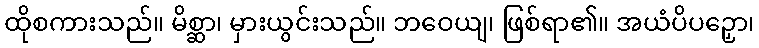
ထိုစကားသည်။ မိစ္ဆာ၊ မှားယွင်းသည်။ ဘဝေယျ၊ ဖြစ်ရာ၏။ အယံပိပဉှော၊